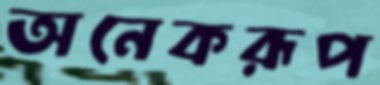
অনেকরূপ